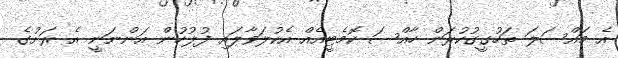
އެ މައްސަލަ ތަހުގީގުކުރަން ހާއްސަ ކޮމެޓީއެއް އެކުލަވާލައި ފުލުހުން އަންނަނީ އެ ރަށުގެ